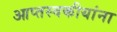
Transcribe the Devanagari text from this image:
आप्तस्वकीयांना